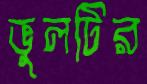
ভুলটির